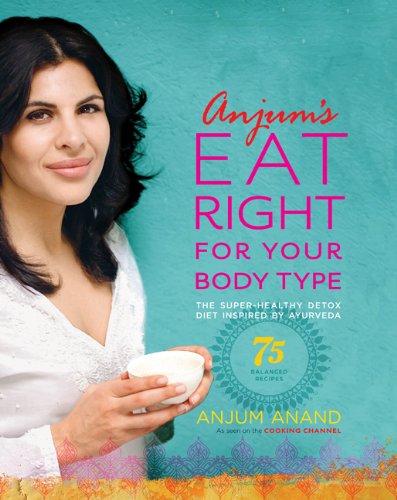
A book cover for Anjum's Eat Right for Your Body Type: The Super-Healthy Detox Diet Inspired by Ayurveda; Anjum Anand; Health, Fitness & Dieting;